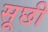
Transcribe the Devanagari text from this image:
सूछी